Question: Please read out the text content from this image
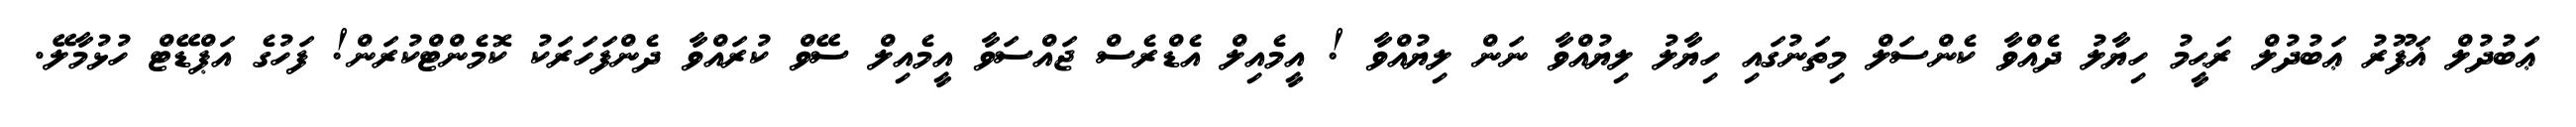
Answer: ޢަބުދުލް ޣަފޫރު ޢަބުދުލް ރަޙީމު ހިޔާލު ދެއްވާ ކެންސަލް މިތަނުގައި ހިޔާލު ލިޔުއްވާ ނަން ލިޔުއްވާ ! އީމެއިލް އެޑްރެސް ޖައްސަވާ އީމެއިލް ސޭވް ކުރައްވާ ދެންފަހަރަކު ކޮމެންޓްކުރަން! ފަހުގެ އަޕްޑޭޓް ހުޅުމާލޭ.